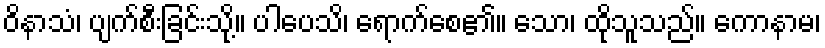
ဝိနာသံ၊ ပျက်စီးခြင်းသို့။ ပါပေသိ၊ ရောက်စေ၏။ သော၊ ထိုသူသည်။ ကောနာမ၊